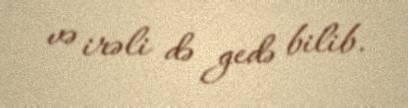
və irəli də gedə bilib.